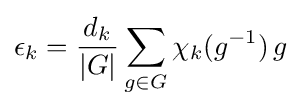
\epsilon _{k}={\frac {d_{k}}{|G|}}\sum _{g\in G}\chi _{k}(g^{-1})\,g